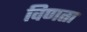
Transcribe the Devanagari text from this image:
विणता